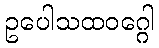
ဥပေါသထဝဂ္ဂေါ